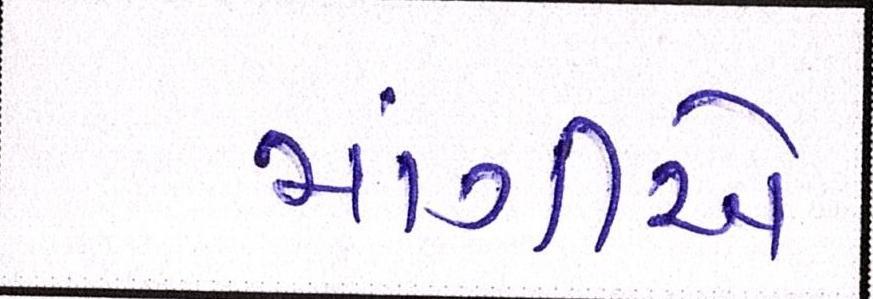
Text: માંગીએ